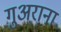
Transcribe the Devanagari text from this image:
गुअराना